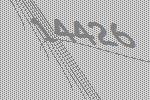
14426